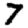
Digit: 7